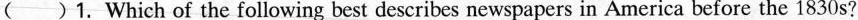
()1. Which of the following best describes newspapers in America before the 1830 s?